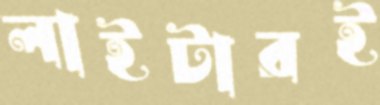
লাইটারই